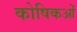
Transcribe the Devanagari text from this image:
कोषिकओं